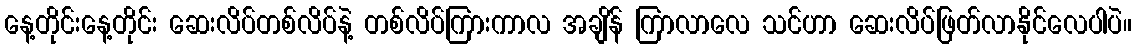
နေ့တိုင်းနေ့တိုင်း ဆေးလိပ်တစ်လိပ်နဲ့ တစ်လိပ်ကြားကာလ အချိန် ကြာလာလေ သင်ဟာ ဆေးလိပ်ဖြတ်လာနိုင်လေပါပဲ။